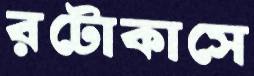
রটোকাসে